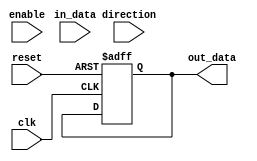
module schmitt_trigger(
  input wire clk,
  input wire reset,
  
  input wire enable,
  input wire direction,
  
  input wire in_data,
  output reg out_data
);

// Schmitt trigger circuit
reg schmitt_output;

always @(posedge clk or posedge reset) begin
  if (reset) begin
    schmitt_output <= 1'b0;
  end else if (enable) begin
    // Schmitt trigger logic here
    // Use in_data as input signal to Schmitt trigger
    // Assign output to schmitt_output
  end
end

// Input buffer
reg input_buffer_output;
always @(posedge clk or posedge reset) begin
  if (reset) begin
    input_buffer_output <= 1'b0;
  end else if (enable) begin
    // Input buffer logic here
    // Use in_data as input
    // Assign amplified signal to input_buffer_output
  end
end

// Output buffer
always @(posedge clk or posedge reset) begin
  if (reset) begin
    out_data <= 1'b0;
  end else if (enable) begin
    if (direction) begin
      // Bidirectional operation logic
      // Handle enabling output_buffer or input_buffer
    end else begin
      // Output buffer logic here
      // Use schmitt_output as input signal
      // Assign buffered output to out_data
    end
  end
end

endmodule